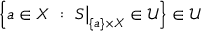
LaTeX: \left\{ a \in X ~ : ~ S { \big \vert } _ { \{ a \} \times X } \in { \mathcal { U } } \right\} \in { \mathcal { U } }